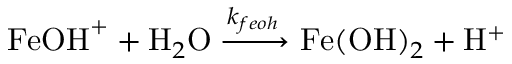
\mathrm { F e O H } ^ { + } + \mathrm { H } _ { 2 } \mathrm { O } \xrightarrow { k _ { f e o h } } \mathrm { F e ( O H ) } _ { 2 } + \mathrm { H } ^ { + }